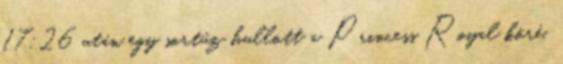
17:26 után egy sortűz hullott a Princess Royal köré,